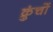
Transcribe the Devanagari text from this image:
क्रुंचों